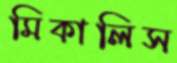
মিকালিস